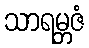
သာရမ္ဘဇံ